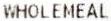
WHOLEMEAL